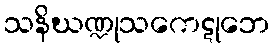
သနိဃဏ္ဍုသကေဋုဘေ